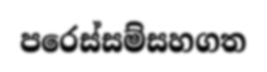
පරෙස්සම්සහගත